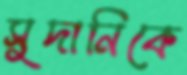
সুদানিকে